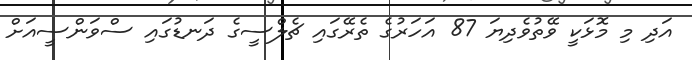
އަދި މި މޮޅަކީ ވޭތުވެދިޔަ 87 އަހަރުގެ ތެރޭގައި ޗެލްސީގެ ދަނޑުގައި ސްވަންސީއަށް